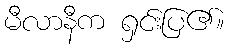
မီလာနီက ရှင်းပြ၏။